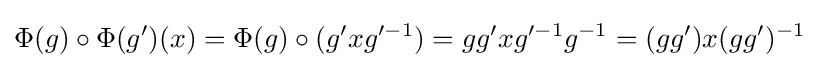
\Phi (g)\circ \Phi (g')(x)=\Phi (g)\circ (g'xg'^{-1})=gg'xg'^{-1}g^{-1}=(gg')x(gg')^{-1}